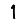
Digit: 1